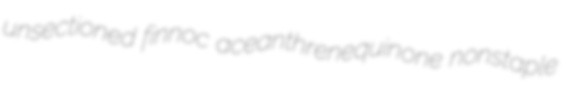
unsectioned finnoc aceanthrenequinone nonstaple